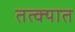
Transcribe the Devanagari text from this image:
तत्क्यात